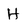
Character: H